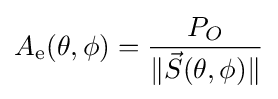
A_{\text{e}}(\theta ,\phi )={\frac {P_{O}}{\|{\vec {S}}(\theta ,\phi )\|}}